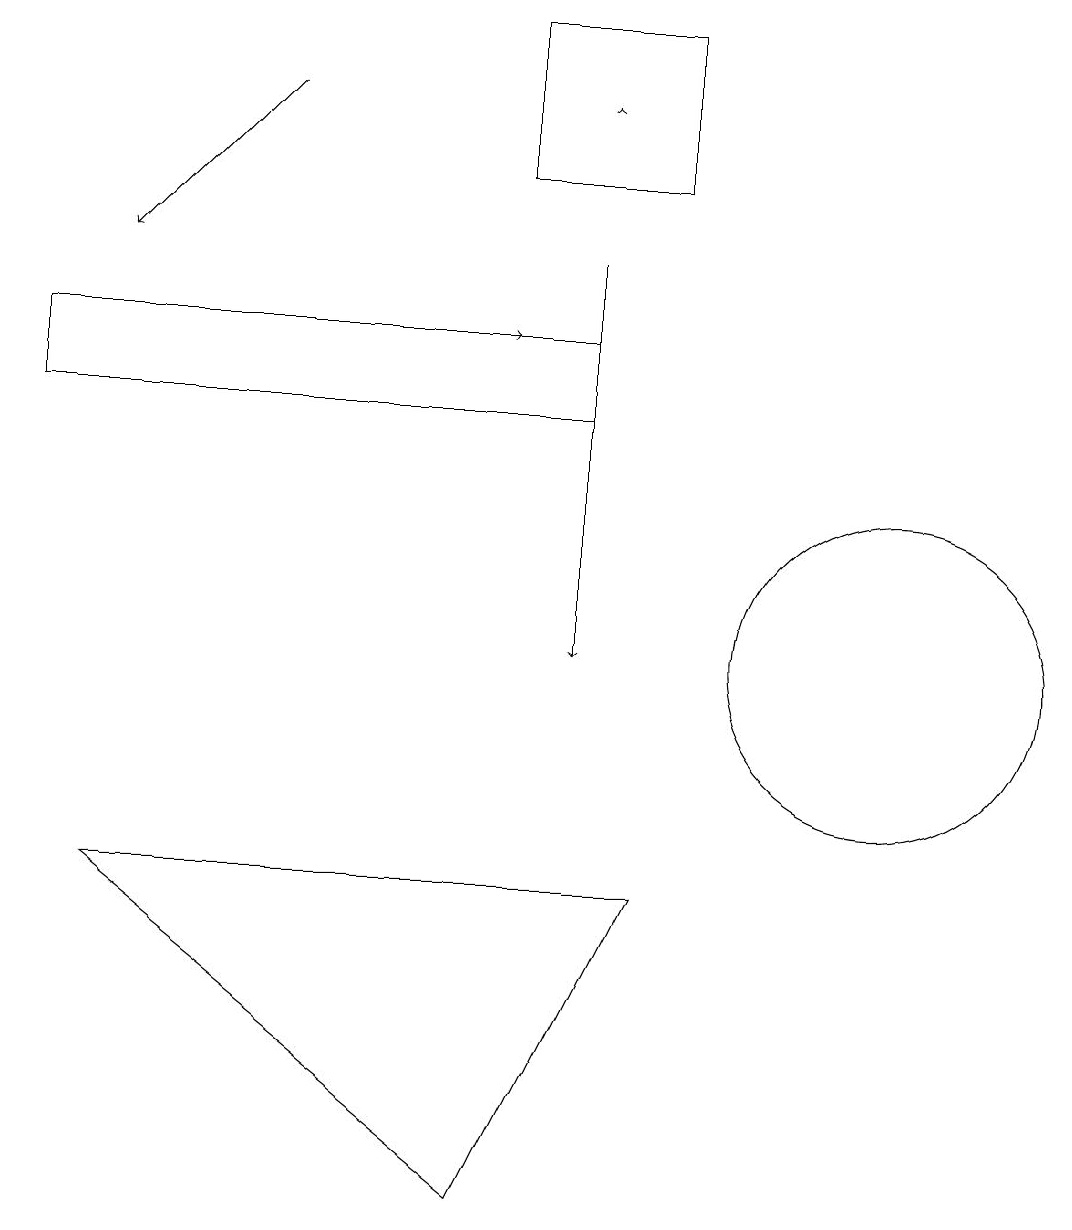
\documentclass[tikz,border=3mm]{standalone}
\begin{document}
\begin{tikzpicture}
\draw (7,14) rectangle (0,13);
\draw[->] (3,14) -- (6,14);
\draw[->] (7,17) -- (7,17);
\draw (8,16) rectangle (6,18);
\draw[->] (3,17) -- (1,15);
\draw (6,3) -- (8,7) -- (1,7) -- cycle;
\draw[->] (7,15) -- (7,10);
\draw (11,10) circle (2);
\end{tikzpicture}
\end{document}